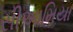
સીઆમિયા